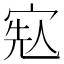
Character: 𡨷